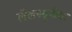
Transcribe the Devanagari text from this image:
लेखनसुविधा